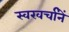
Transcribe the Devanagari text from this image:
स्वखर्चांनें